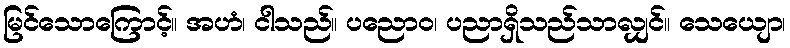
မြင်သောကြောင့်။ အဟံ၊ ငါသည်။ ပညောဝ၊ ပညာရှိသည်သာလျှင်။ သေယျော၊